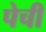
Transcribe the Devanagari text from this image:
पेची